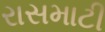
રાસમાટી